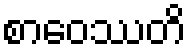
စာဝေဿတိ